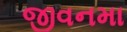
જીવનમા